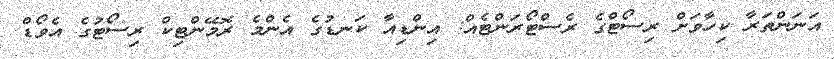
އަނަންތަރާ ކިހާވަށް ރިސޯޓްގެ ރެސްޓޯރަންޓެއް: އިންޑިއާ ކަނޑުގެ އެންމެ ރޮމޭންޓިކް ރިސޯޓުގެ އެވޯޑް